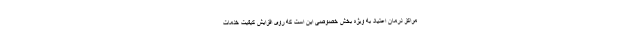
مراکز درمان اعتیاد به ویژه بخش خصوصی این است که روی افزایش کیفیت خدمات